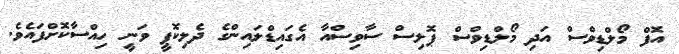
އޮފް މޯލްޑިވްސް އަދި މޯލްޑިވްސް ޕޮލިސް ސާވިސްއާ އެގައިޑްލައިންގެ ދެލިކޮޕީ ވަނީ ހިއްސާކޮށްފައެވެ.